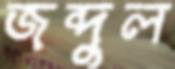
জব্দুল